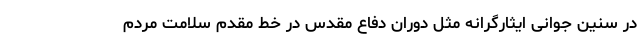
در سنین جوانی ایثارگرانه مثل دوران دفاع مقدس در خط مقدم سلامت مردم